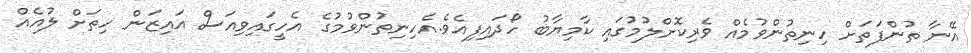
އޭނާ ތުންފަތަށް ހިނިތުންވުމެއް ވެރިކޮށްލުމުގައި ކާމިޔާބު ހޯދައިފިއެވެ.އެހިނިތުންވުމުގެ އެހީގައިވިއަސް އައިޒަން ހިތަށް ލުއެއް